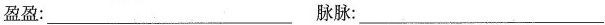
盈盈：___脉脉：___